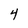
Character: 4